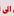
الى